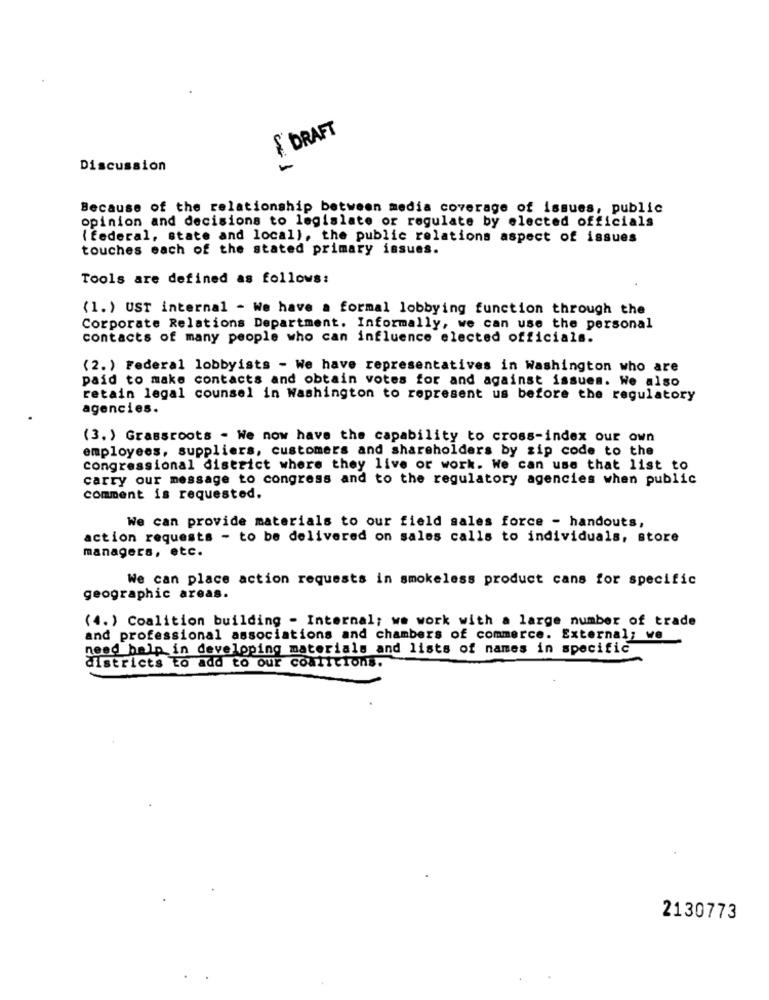
& DRAFT
Discussion
-
Because of the relationship between media coverage of issues, public
opinion and decisions to legislate or regulate by elected officials
( federal, state and local), the public relations aspect of issues
touches each of the stated primary issues.
Tools are defined as follows:
(1.) UST internal - We have a formal lobbying function through the
Corporate Relations Department. Informally, we can use the personal
contacts of many people who can influence elected officials.
(2.) Federal lobbyists - We have representatives in Washington who are
paid to make contacts and obtain votes for and against issues. We also
retain legal counsel in Washington to represent us before the regulatory
agencies.
(3. ) Grassroots . We now have the capability to cross-index our own
employees, suppliers, customers and shareholders by zip code to the
congressional district where they live or work. We can use that list to
carry our message to congress and to the regulatory agencies when public
comment is requested.
We can provide materials to our field sales force - handouts,
action requests - to be delivered on sales calls to individuals, store
managers, etc.
We can place action requests in smokeless product cans for specific
geographic areas.
(4.) Coalition building - Internal; we work with a large number of trade
and professional associations and chambers of commerce. External; we
need help in developing materials and lists of names in specific
districts to add to our comittions.
2130773